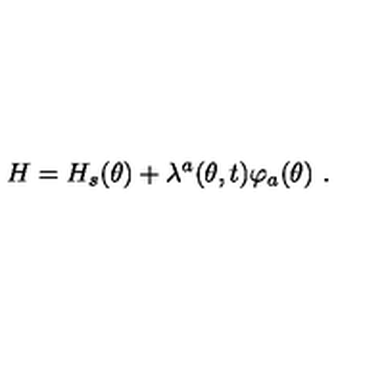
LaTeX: H = H _ { s } ( \theta ) + \lambda ^ { a } ( \theta , t ) \varphi _ { a } ( \theta ) \ .